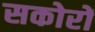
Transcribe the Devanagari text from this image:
सकोरों